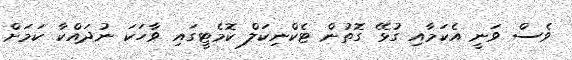
ވެސް ވަނީ އެކަމާއި ގުޅޭ ގޮތުން ޓެކްނިކަލް ކޮމެޓީގައި ވާހަކަ ނުދައްކާ ކަމަށް